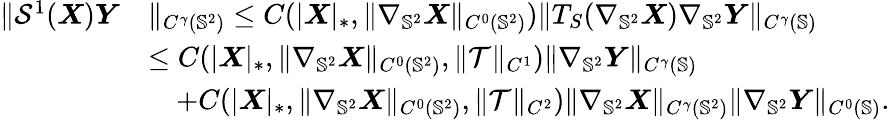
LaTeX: \begin{array}{rl}{\| \mathcal{S}^{1}(\boldsymbol{X})\boldsymbol{Y}}&{\| _{C^{\gamma}(\mathbb{S}^{2})}\leq C(|\boldsymbol{X}|_{*},\| \nabla_{\mathbb{S}^{2}}\boldsymbol{X}\| _{C^{0}(\mathbb{S}^{2})})\| T_{S}(\nabla_{\mathbb{S}^{2}}\boldsymbol{X})\nabla_{\mathbb{S}^{2}}\boldsymbol{Y}\| _{C^{\gamma}(\mathbb{S})}}\\ &{\leq C(|\boldsymbol{X}|_{*},\| \nabla_{\mathbb{S}^{2}}\boldsymbol{X}\| _{C^{0}(\mathbb{S}^{2})},\| \mathcal{T}\| _{C^{1}})\| \nabla_{\mathbb{S}^{2}}\boldsymbol{Y}\| _{C^{\gamma}(\mathbb{S})}}\\ &{\quad+C(|\boldsymbol{X}|_{*},\| \nabla_{\mathbb{S}^{2}}\boldsymbol{X}\| _{C^{0}(\mathbb{S}^{2})},\| \mathcal{T}\| _{C^{2}})\| \nabla_{\mathbb{S}^{2}}\boldsymbol{X}\| _{C^{\gamma}(\mathbb{S}^{2})}\| \nabla_{\mathbb{S}^{2}}\boldsymbol{Y}\| _{C^{0}(\mathbb{S})}.}\end{array}